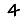
Digit: 4